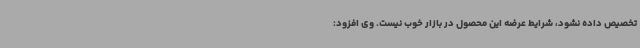
تخصیص داده نشود، شرایط عرضه این محصول در بازار خوب نیست. وی افزود: